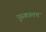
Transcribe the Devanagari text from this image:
पुस्‍कालय